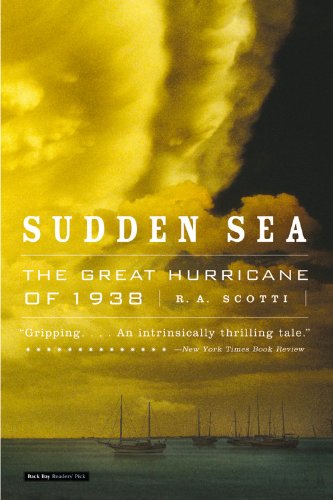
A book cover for Sudden Sea: The Great Hurricane of 1938; R.A. Scotti; Science & Math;